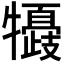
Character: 𤛽